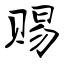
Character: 赐